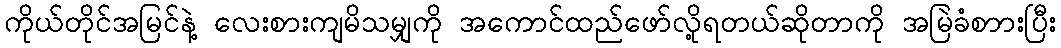
ကိုယ်တိုင်အမြင်နဲ့ လေးစားကျမိသမျှကို အကောင်ထည်ဖော်လို့ရတယ်ဆိုတာကို အမြဲခံစာားပြီး